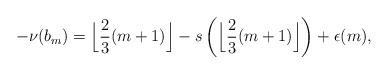
LaTeX: \begin{align*} -\nu(b_{m}) = \Bigl\lfloor \frac{2}{3}(m+1)\Bigr\rfloor - s\left(\Bigl\lfloor\frac{2}{3}(m+1)\Bigr\rfloor\right) +\epsilon(m),\end{align*}